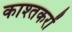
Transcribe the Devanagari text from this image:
काश्तकरों